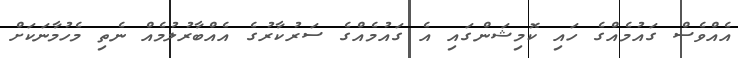
އެއްވެސް ގައުމެއްގެ ހައި ކޮމިޝަންގައި އެ ގައުމެއްގެ ސަރުކާރުގެ އެއްބާރުލުމެއް ނެތި މެހުމާނަކަށް